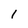
Character: 1